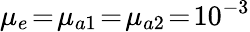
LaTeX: \mu_{e}\! =\! \mu_{a1}\! =\! \mu_{a2}\! =\! 10^{-3}